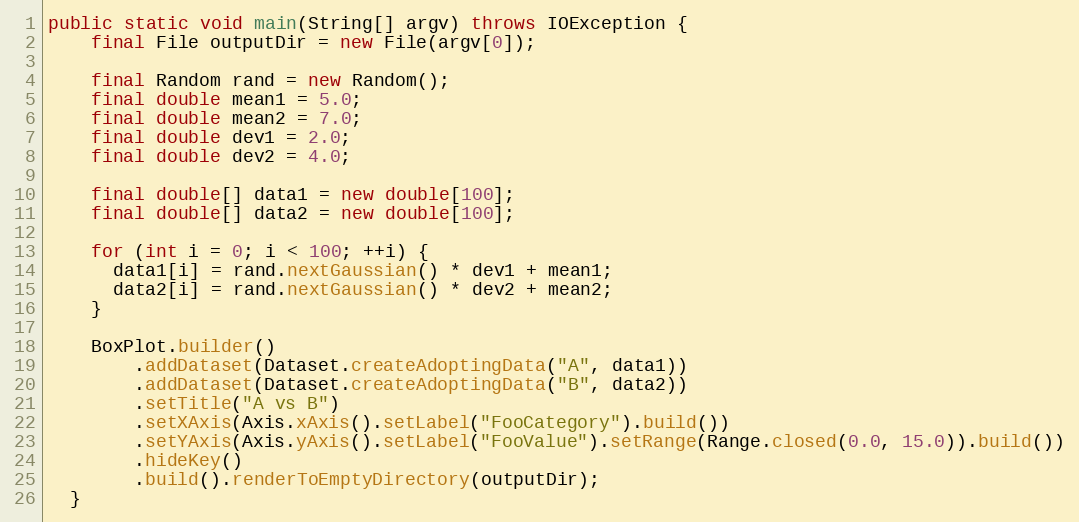
Language: Java
public static void main(String[] argv) throws IOException {
    final File outputDir = new File(argv[0]);

    final Random rand = new Random();
    final double mean1 = 5.0;
    final double mean2 = 7.0;
    final double dev1 = 2.0;
    final double dev2 = 4.0;

    final double[] data1 = new double[100];
    final double[] data2 = new double[100];

    for (int i = 0; i < 100; ++i) {
      data1[i] = rand.nextGaussian() * dev1 + mean1;
      data2[i] = rand.nextGaussian() * dev2 + mean2;
    }

    BoxPlot.builder()
        .addDataset(Dataset.createAdoptingData("A", data1))
        .addDataset(Dataset.createAdoptingData("B", data2))
        .setTitle("A vs B")
        .setXAxis(Axis.xAxis().setLabel("FooCategory").build())
        .setYAxis(Axis.yAxis().setLabel("FooValue").setRange(Range.closed(0.0, 15.0)).build())
        .hideKey()
        .build().renderToEmptyDirectory(outputDir);
  }